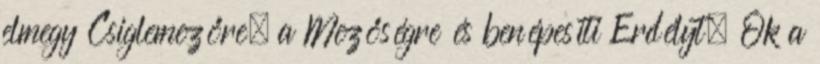
elmegy Csiglemezőre, a Mezőségre és benépesíti Erdélyt. Ők a